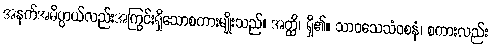
အနက်အဓိပ္ပာယ်လည်းအကြွင်းရှိသောစကားမျိုးသည်။ အတ္ထိ၊ ရှိ၏။ သာဝသေသံဝစနံ၊ စကားလည်း